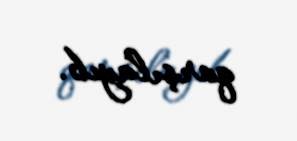
qarşılayıb.